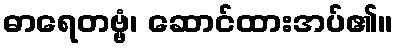
ဓာရေတဗ္ဗံ၊ ဆောင်ထားအပ်၏။